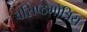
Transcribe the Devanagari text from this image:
वसिष्ठगोत्रिय